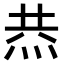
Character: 𤈉